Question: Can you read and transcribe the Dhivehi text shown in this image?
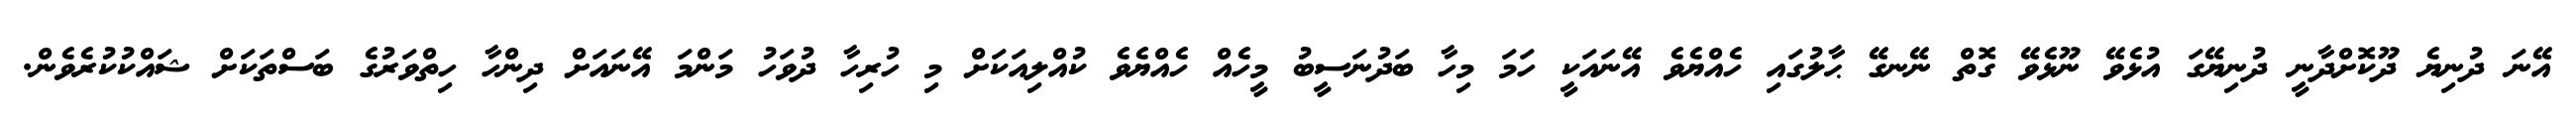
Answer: އޭނަ ދުނިޔެ ދޫކޮށްދާނީ ދުނިޔޭގަ އުޅެވޭ ނޫޅެވޭ ގޮތް ނޭނގޭ ޙާލުގައި ހެއްޔެވެ އޭނައަކީ ހަމަ މިހާ ބަދުނަސީބު މީހެއް ހެއްޔެވެ ކުއްލިއަކަށް މި ހުރިހާ ދުވަހު މަންމަ އޭނައަށް ދިންހާ ހިތްވަރުގެ ބަސްތަކަށް ޝައްކުކުރެވެން.